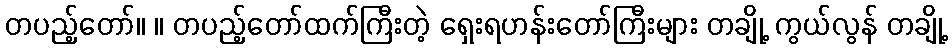
တပည့်တော်။ ။ တပည့်တော်ထက်ကြီးတဲ့ ရှေးရဟန်းတော်ကြီးများ တချို့ ကွယ်လွန် တချို့